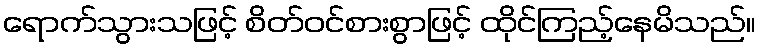
ရောက်သွားသဖြင့် စိတ်ဝင်စားစွာဖြင့် ထိုင်ကြည့်နေမိသည်။